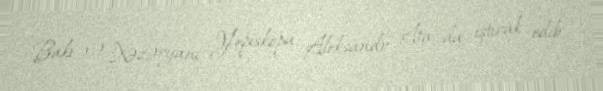
Bakı və Xəzəryanı Yepiskopu Aleksandr Ata da iştirak edib.